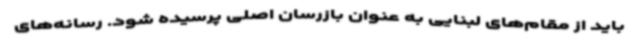
باید از مقام‌های لبنایی به عنوان بازرسان اصلی پرسیده شود. رسانه‌های